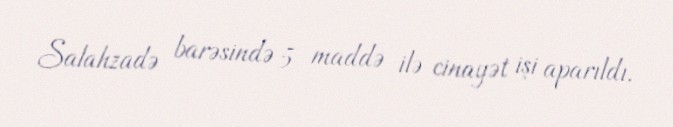
Salahzadə barəsində 5 maddə ilə cinayət işi aparıldı.